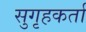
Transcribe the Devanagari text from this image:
सुगृहकर्ता